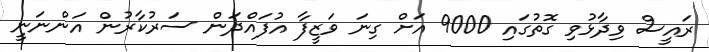
ރައީސް ވިދާޅުވި ގޮތުގައި 9000 އަށް ގިނަ ވަޒީފާ އުފައްދަން ސަރުކާރުން އަންނަނީ